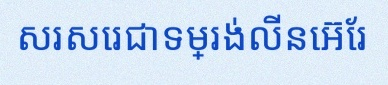
សរសេរជាទម្រង់លីនេអ៊ែរ